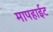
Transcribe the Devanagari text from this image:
मापहाईट